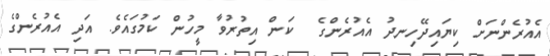
އެއުރެންނަށް ކިޔައިދޭހިނދު އެއުރެންގެ  ކަން އިތުރުވާ މީހުން ކަމުގައެވެ. އަދި އެއުރެންގެ